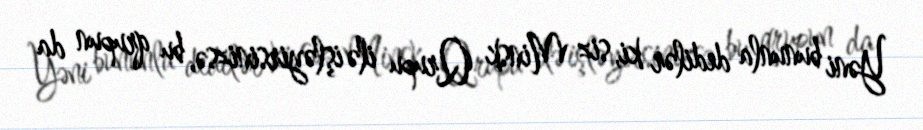
Yəni bununla dedilər ki, siz Minsk Qrupu ilə işləyirsinizsə, bu qrupun da